Vabadussoja_Ajaloo_Komitee, lk 6
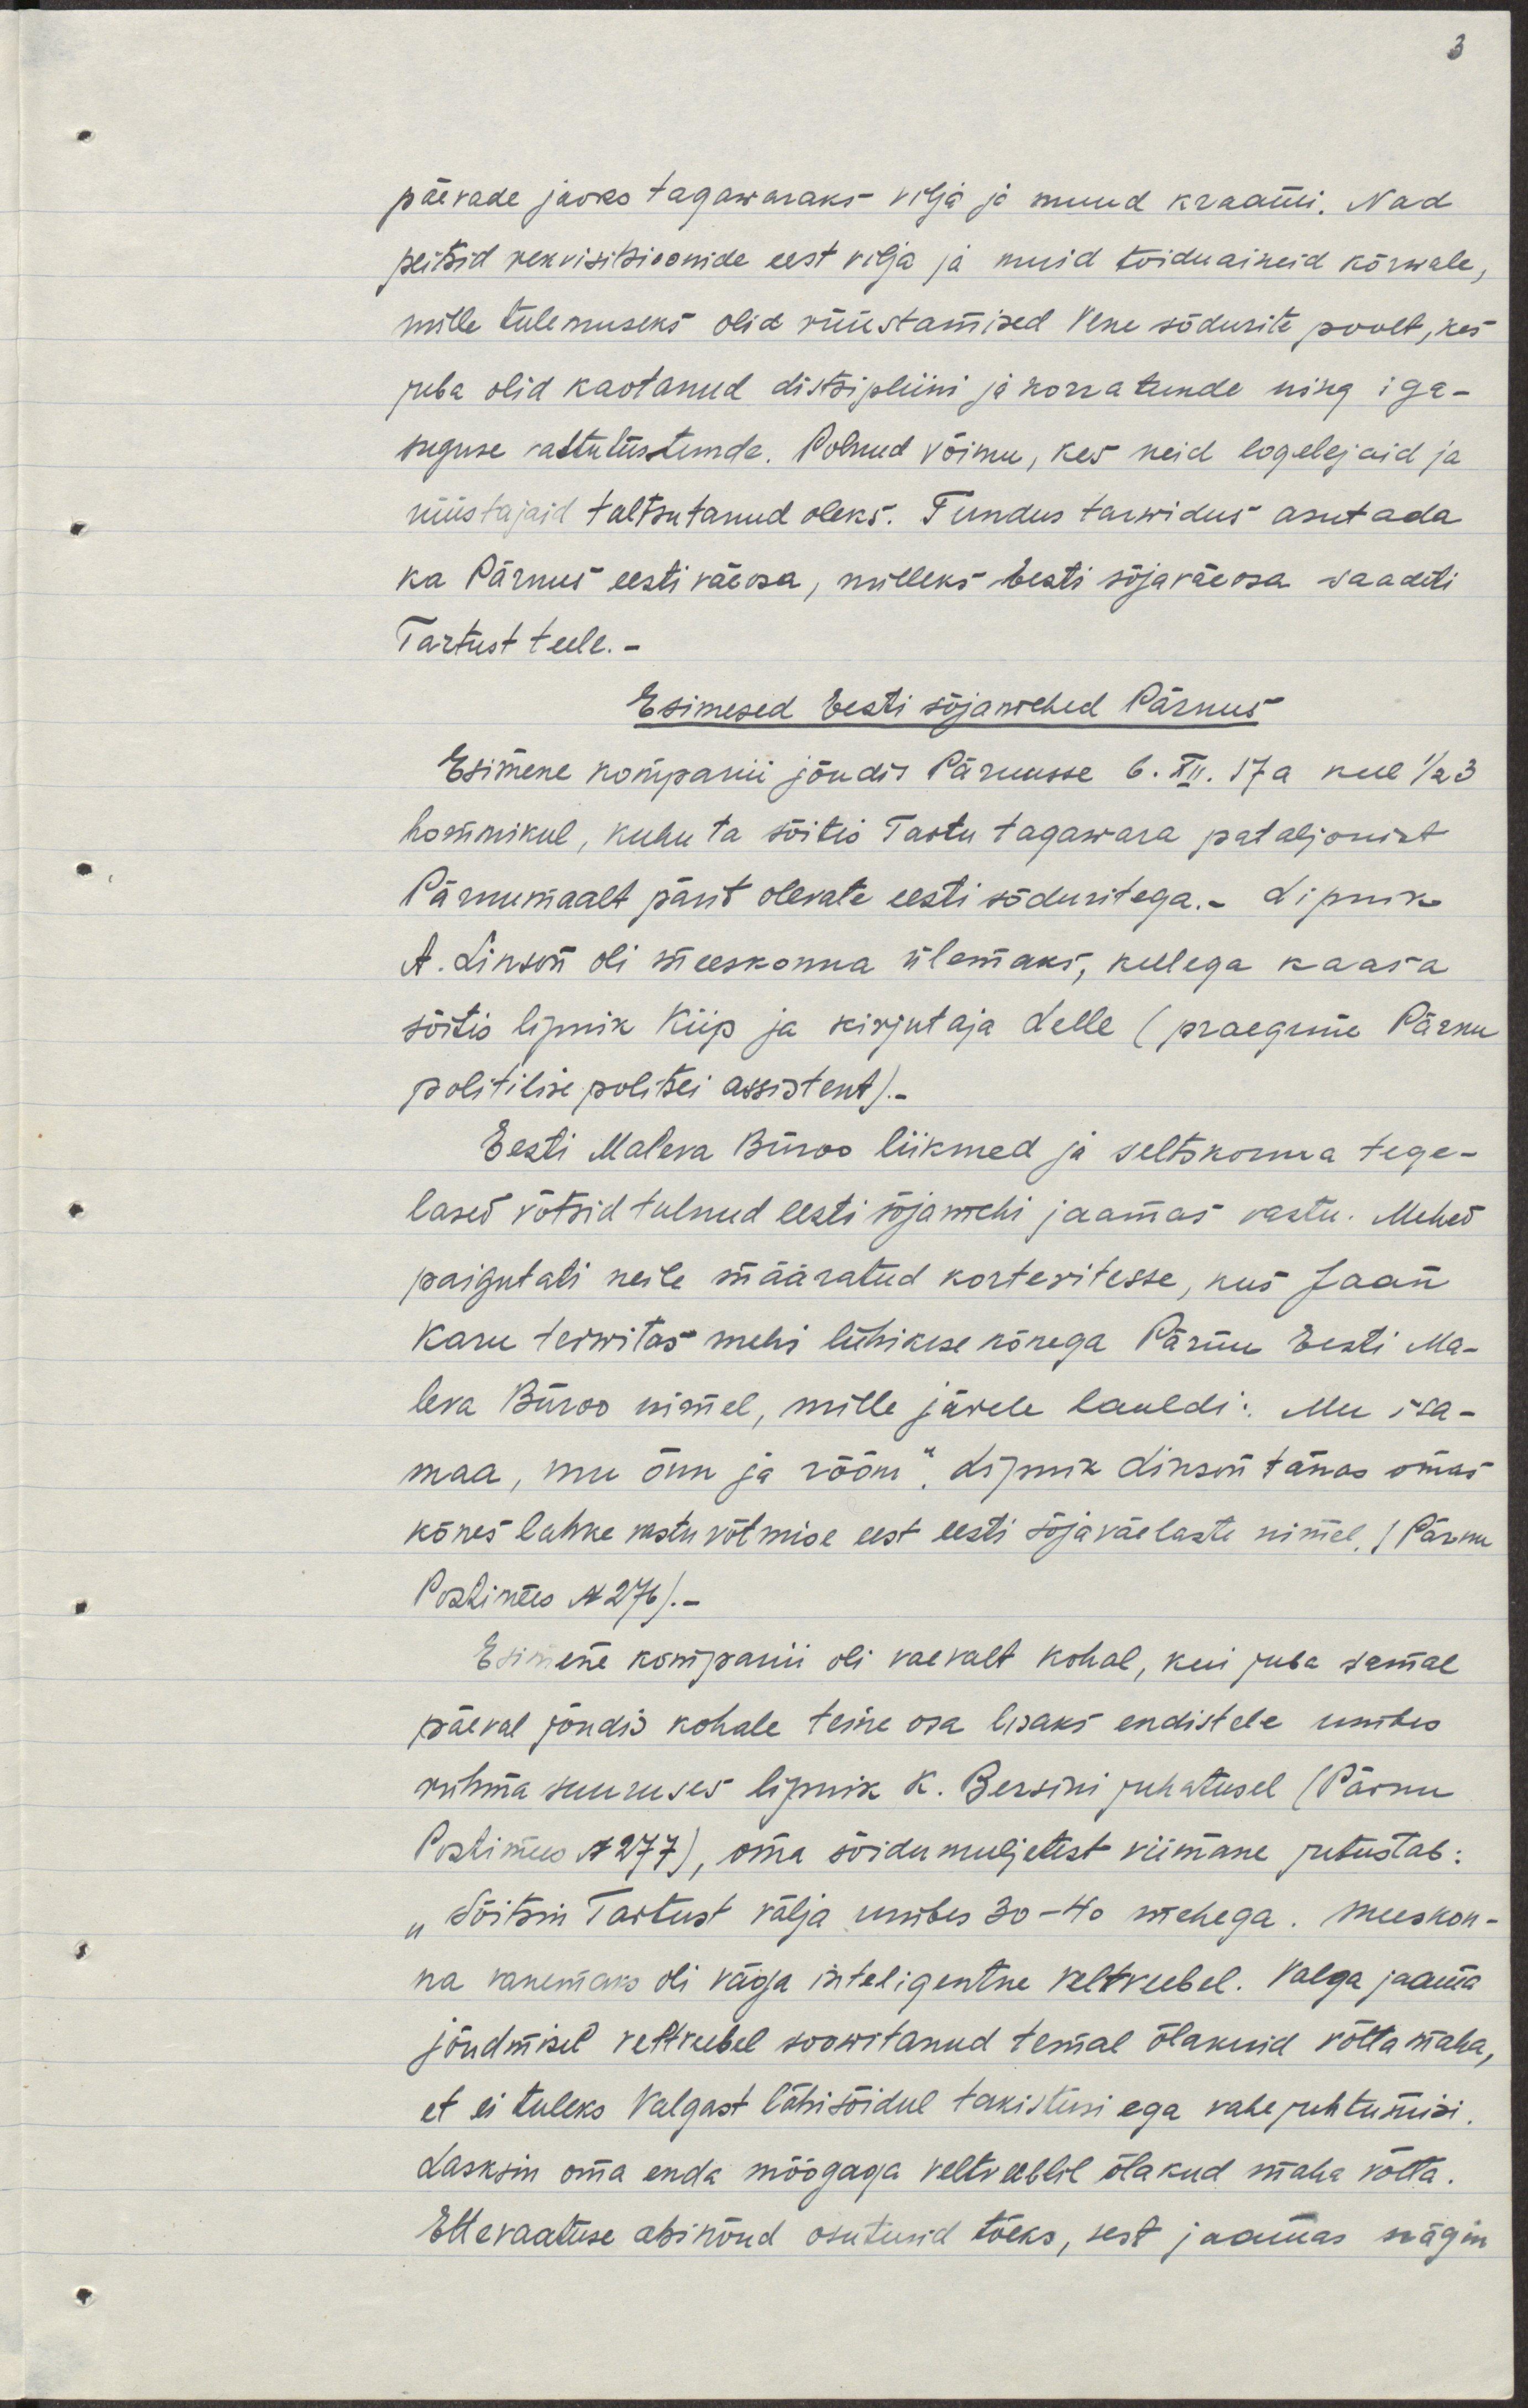
päevade jaoks tagawaraks - vilja ja muud kraami. Nad
peitsid rekvisitsioonide eest vilja ja muid toiduaineid kõrvale,
selle tulemsuseks olid rüüstamised Vene sõdurite poolt, kes
juba olid kaotanud distsipliini ja korratunde ning iga-
suguse vastutustunde. Polnud võimu, kes neid logelejaid ja
rüüstajaid taltsutanud oleks. Tundus tarvidus asutada
ka Pärnus eesti väeosa, milleks Eesti sõjaväeosa saadeti
Tartust teele.-
Esimesed Eesti sõjamehed Pärnus
Esimene kompanii jõudis Pärnusse 6. XII. 17a kell 1/2 3
hommikul, kuhu ta sõitis Tartu tagavara pataljonist
Pärnumaalt pärit olevate eesti sõduritega. Lipnik
A.  Linson oli meeskonna ülemaks, kellega kaasa
sõitis lipnik Kiip ja kirjutaja Lelle (praegune Pärnu
politilise politsei assistent).-
Eesti Maleva Büroo liikmed ja seltskonna tege-
lased võtsid tulnud eesti sõjamehi jaamas vastu. Mehed
paigutati neile määratud korteritesse, kus Jaan
Karu terwitas mehi lühikese kõnega Pärnu Eesti Ma-
leva Büroo nimel, mille järele lauldi: Mu isa-
maa, mu õnn ja rõõm". Lipnik Linson tänas omas
kõnes lahke vastu võtmise eest eesti sõjaväelaste nimel. /Pärnu
Postimees N276/.-
Esimene kompanii oli vaevalt kohal kui juba samal
päeval jõudis kohale teine osa lisaks endistele umbes
rühma suuruses lipnik K. Bersini juhatusel (Pärnu
Postimees N277), oma sõidu muljetest viimane jutustab:
"Sõitsin Tartust välja umbes 30-40 mehega. Meeskon-
na vanemaks oli väga intelligentne veltveebel. Valga jaama
jõudmisel veltveebel soovitanud temal õlakuid võtta maha,
et ei tuleks Valgast läbisõidul takistusi ega vahejuhtumisi.
Lasksin oma enda mõõgaga veltveeblil õlakud maha võtta.
Ettevaatuse abinõud osutusid tõeks, sest jaamas nägin